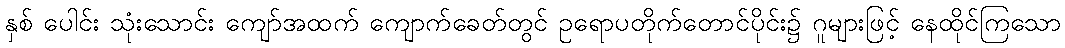
နှစ် ပေါင်း သုံးသောင်း ကျော်အထက် ကျောက်ခေတ်တွင် ဥရောပတိုက်တောင်ပိုင်း၌ ဂူများဖြင့် နေထိုင်ကြသော